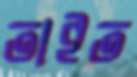
তাইত